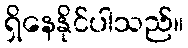
ရှိနေနိုင်ပါသည်။